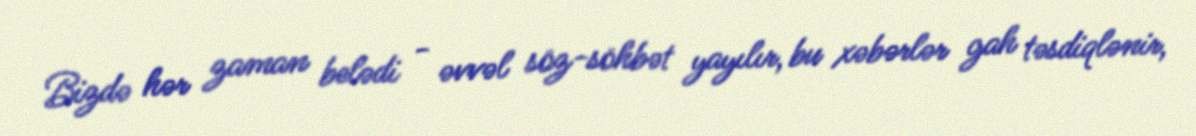
Bizdə hər zaman belədi - əvvəl söz-söhbət yayılır, bu xəbərlər gah təsdiqlənir,